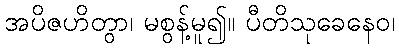
အပိဇဟိတွာ၊ မစွန့်မူ၍။ ပီတိသုခေနေဝ၊